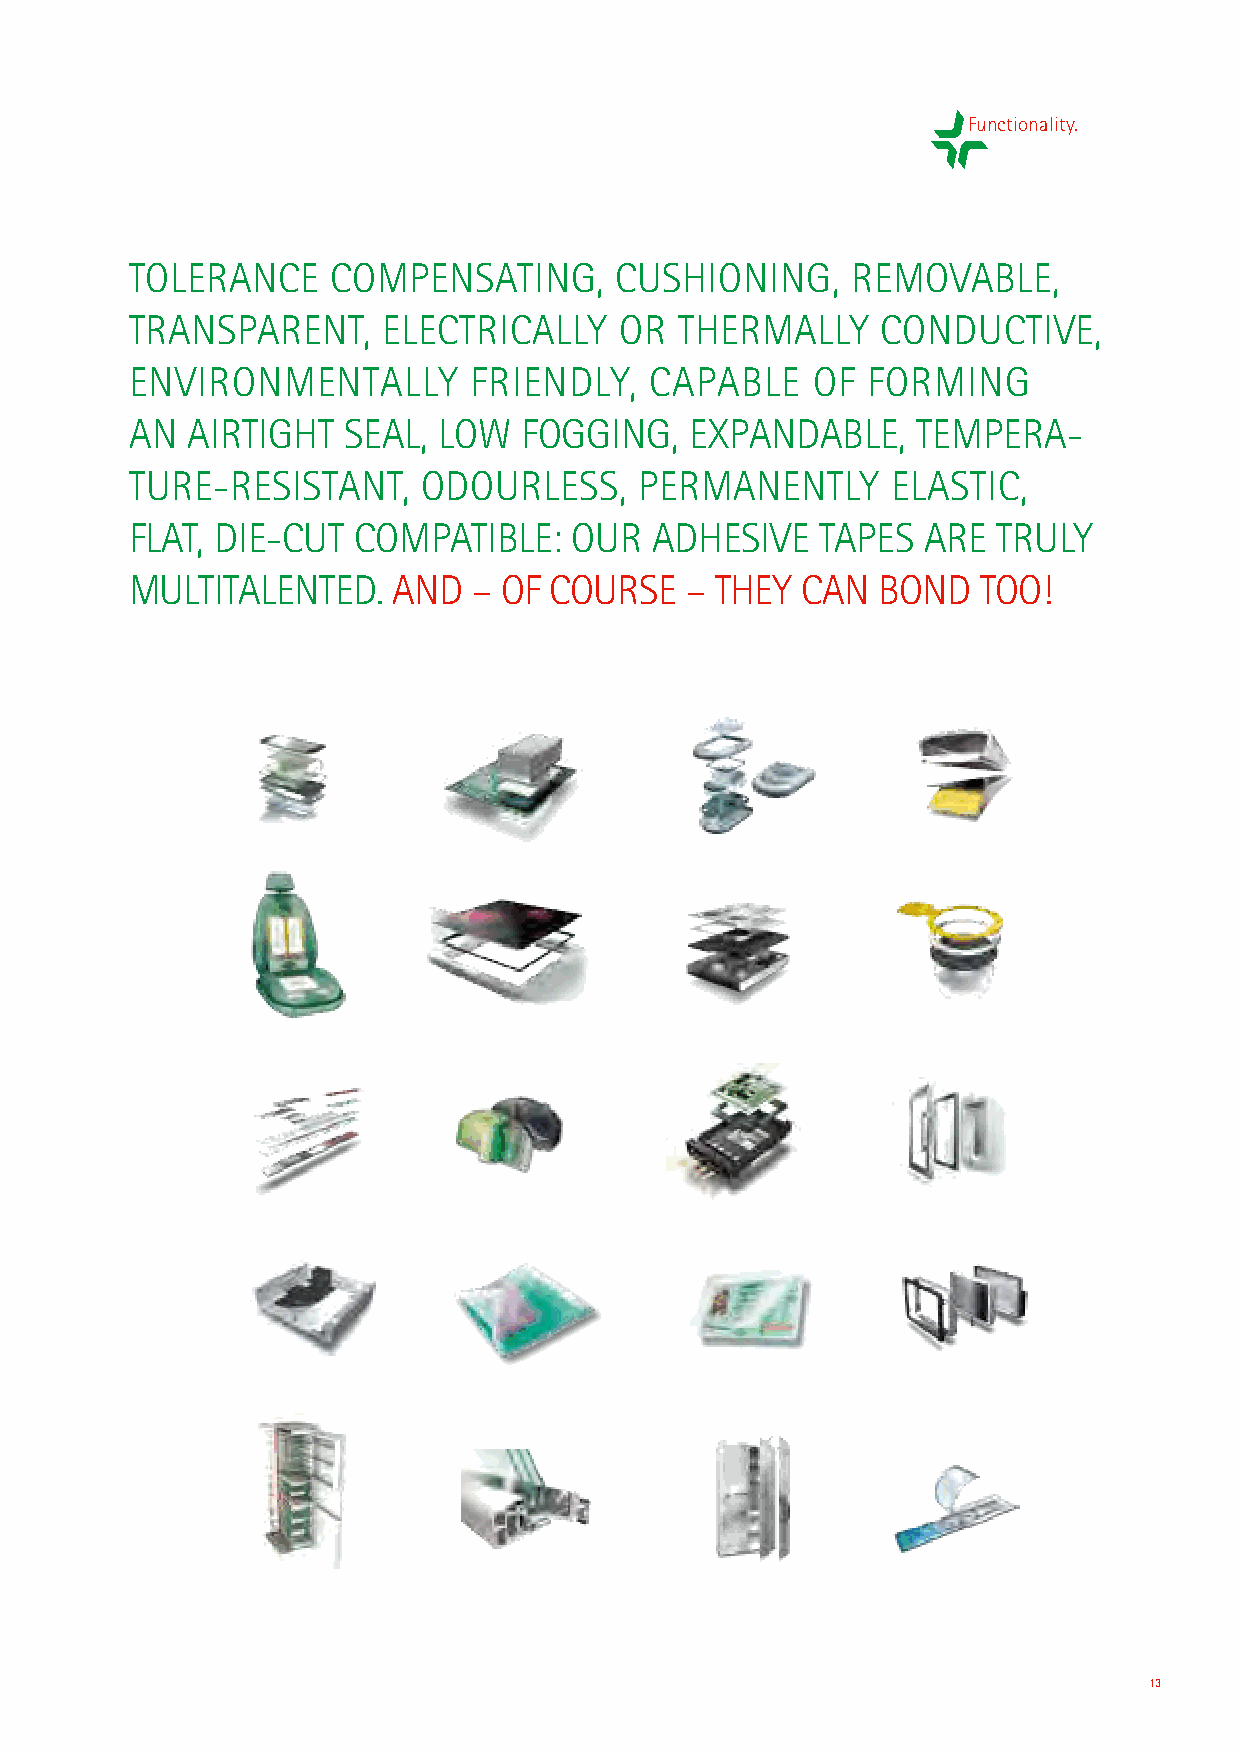
Functionality.
 TOLERANCE    COMPENSATING,      CUSHIONING,    REMOVABLE,
 TRANSPARENT,    ELECTRICALLY    OR  THERMALLY    CONDUCTIVE,
 ENVIRONMENTALLY       FRIENDLY,   CAPABLE    OF FORMING
 AN AIRTIGHT   SEAL, LOW   FOGGING,   EXPANDABLE,    TEMPE  RA -
 TURE-RESISTANT,    ODOURLESS,    PERMANENTLY      ELASTIC,
 FLAT, DIE-CUT COMPATIBLE:    OUR  ADHESIVE   TAPES  ARE  TRULY
 MULTITALENTED.   AND  – OF COURSE   – THEY  CAN  BOND   TOO!
 13